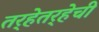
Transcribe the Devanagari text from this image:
तर्‍हेतर्‍हेची